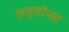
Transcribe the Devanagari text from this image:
तत्सुखीभाव